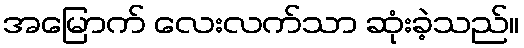
အမြောက် လေးလက်သာ ဆုံးခဲ့သည်။